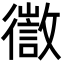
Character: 徾